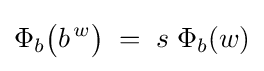
\Phi _{b}{\bigl (}b^{\,w}{\bigr )}\;=\;s\;\Phi _{b}(w)